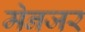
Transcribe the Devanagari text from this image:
मेनजर